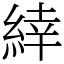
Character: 緈